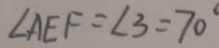
\angle A E F = \angle 3 = 7 0 ^ { \circ }